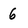
Character: 6